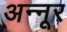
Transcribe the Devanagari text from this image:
अन्नूर